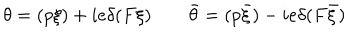
LaTeX: \theta = ( p \xi ) + i e \delta ( F \xi ) \qquad \bar { \theta } = ( p \bar { \xi } ) - i e \delta ( F \bar { \xi } )